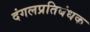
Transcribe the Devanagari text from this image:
दंगलप्रतिबंधक